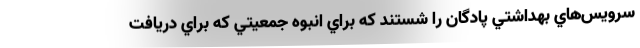
سرويس‌هاي بهداشتي پادگان را شستند كه براي انبوه جمعيتي كه براي دريافت